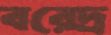
বরেদ্র